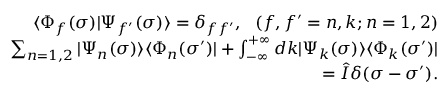
\begin{array} { r l r } & { } & { \langle \Phi _ { f } ( \sigma ) | \Psi _ { f ^ { \prime } } ( \sigma ) \rangle = \delta _ { f f ^ { \prime } } , \, \, \, \, ( f , f ^ { \prime } = n , k ; n = 1 , 2 ) } \\ & { } & { \sum _ { n = 1 , 2 } | \Psi _ { n } ( \sigma ) \rangle \langle \Phi _ { n } ( \sigma ^ { \prime } ) | + \int _ { - \infty } ^ { + \infty } d k | \Psi _ { k } ( \sigma ) \rangle \langle \Phi _ { k } ( \sigma ^ { \prime } ) | } \\ & { } & { = \hat { I } \delta ( \sigma - \sigma ^ { \prime } ) . } \end{array}